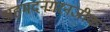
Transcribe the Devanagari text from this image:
अहमदनगरनजीक